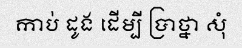
កាប់ ដូង ដើម្បី ប្រាថ្នា សុំ